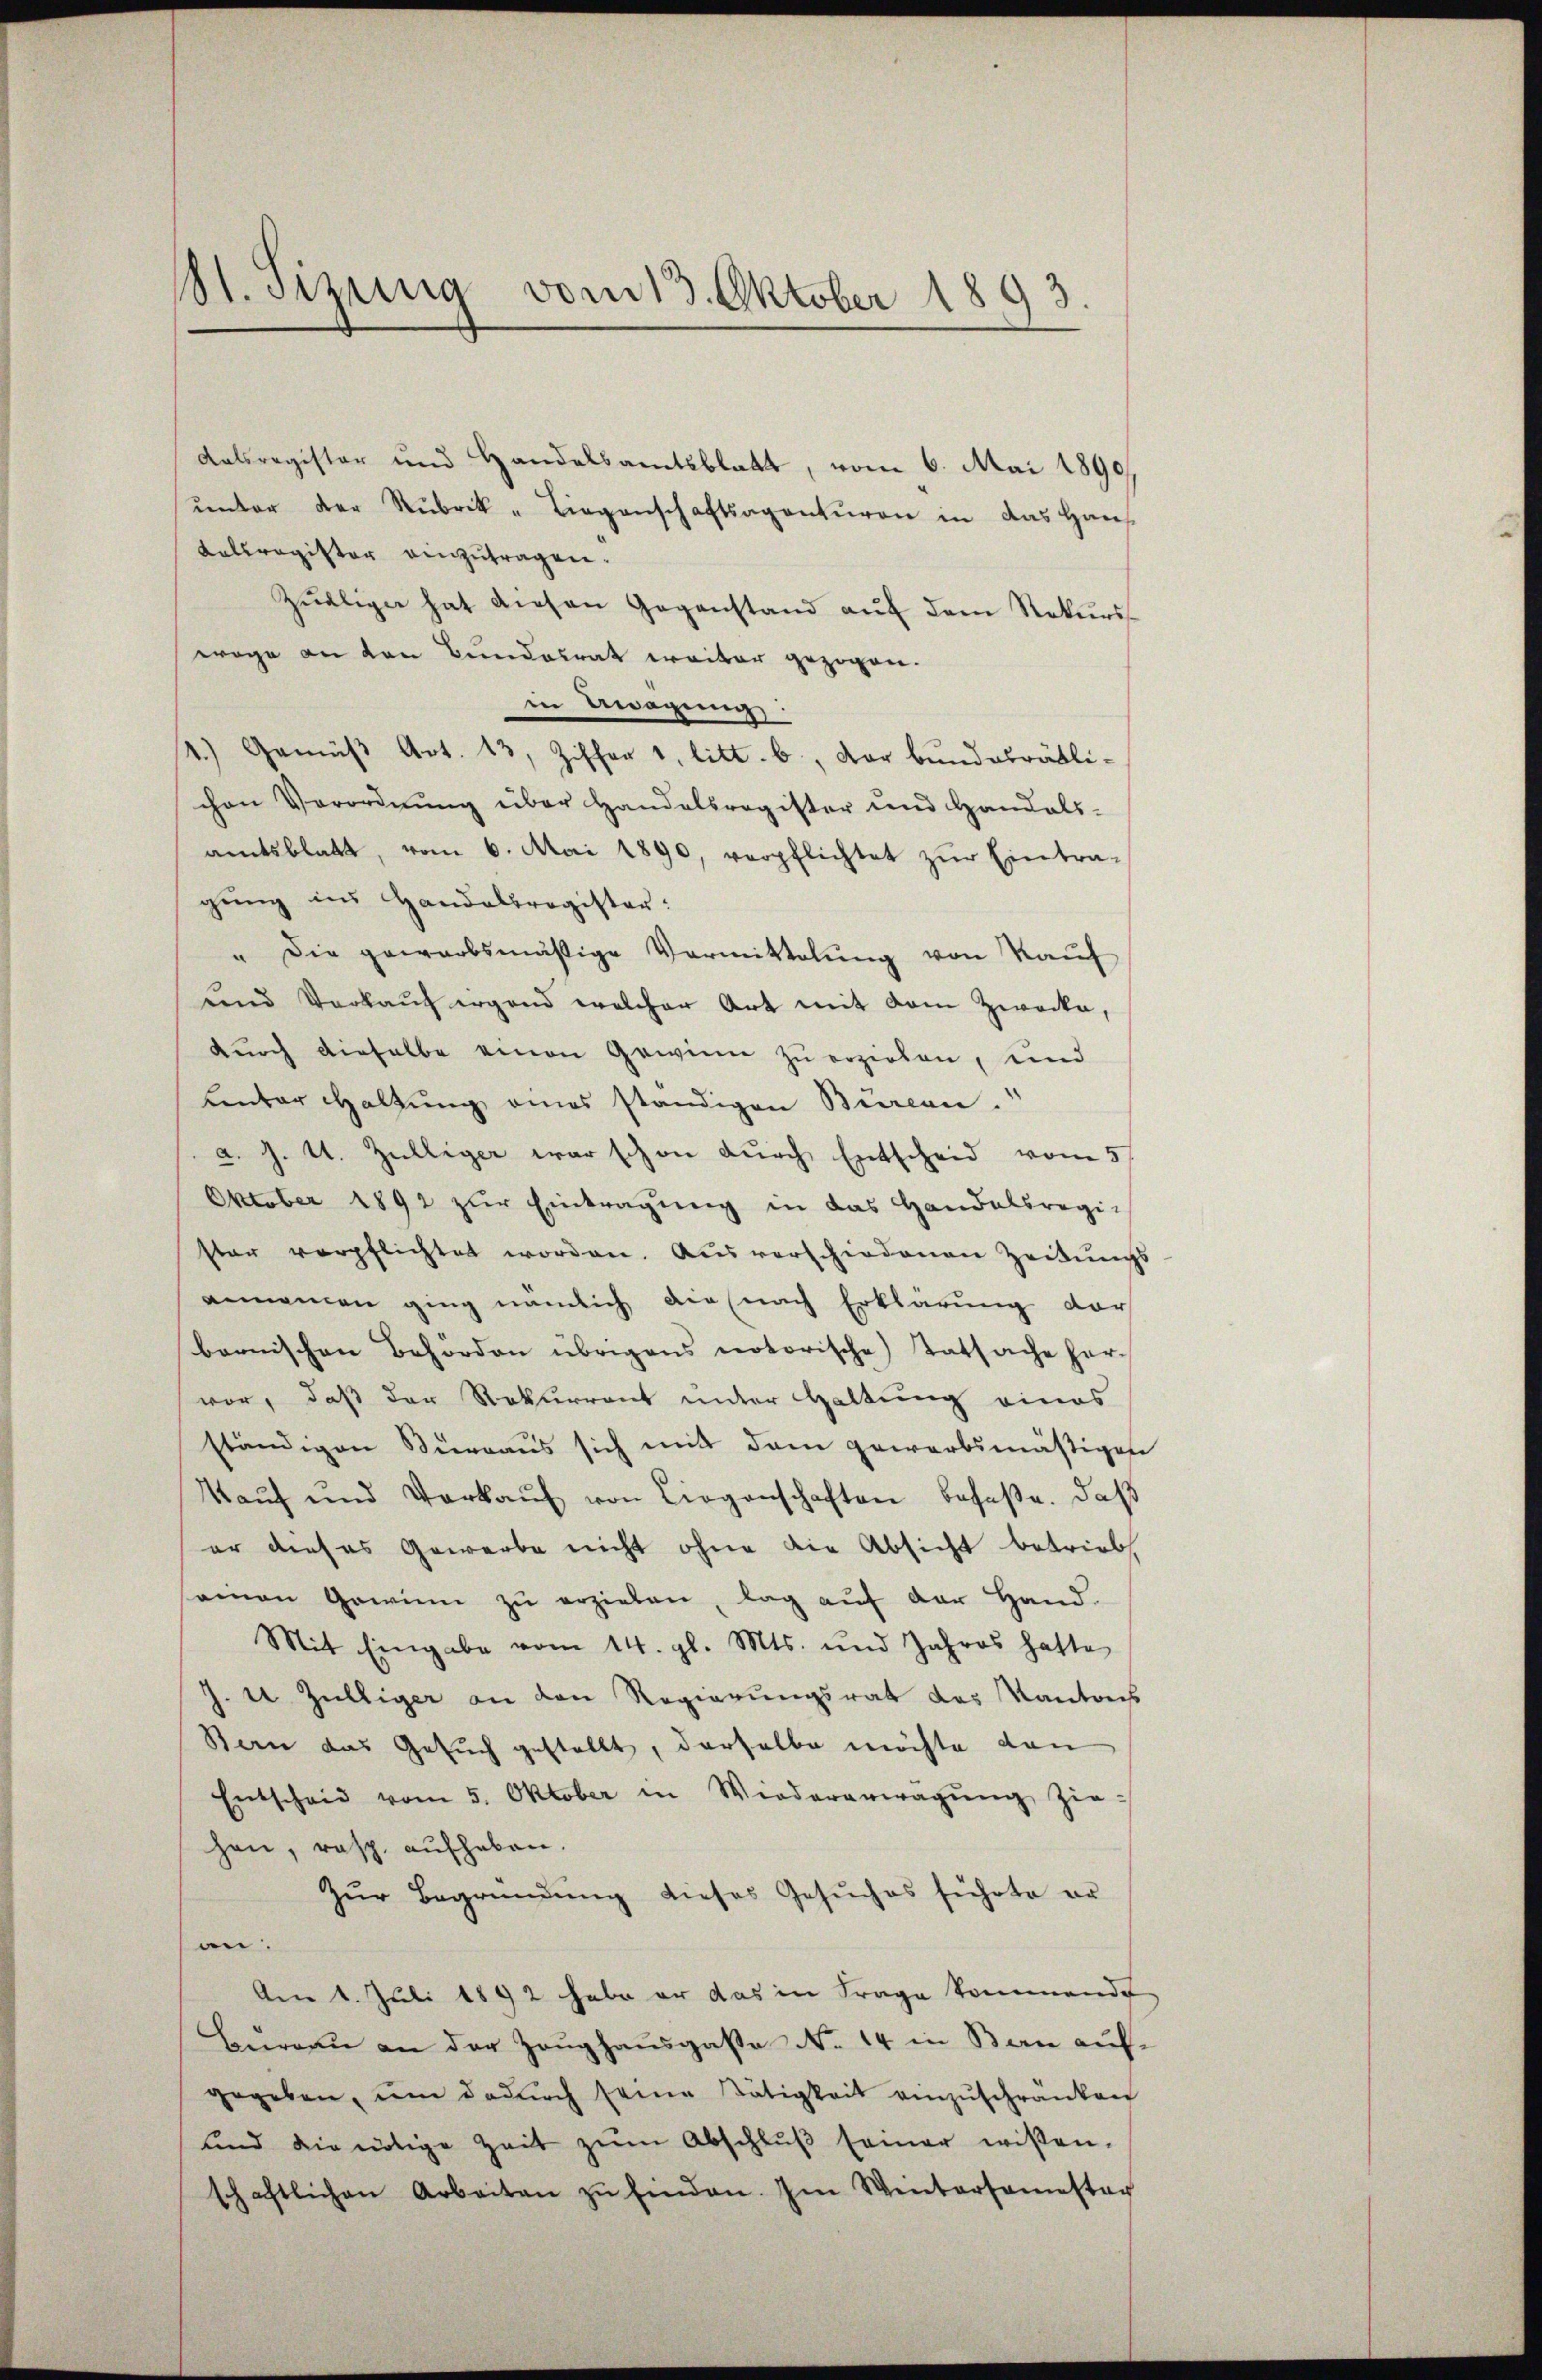
11. Sizung vom 13. Oktober 1893.

Kalsregister und Handelsamtsblatt, vom 6. Mai 1890
ŭnter der Rubrik- Liegenschaftsagenturen in das Haus
Kelsregister einzutragen.
Zŭelige hat diesen Gegenstand aŭf dem Rekurswege an den Bundesrat weiter gezogen.
in Bewegung.
4.) Gemäß Art. 13, Ziffer 1, litt. b., der bundesrätli-
chen Verordnŭng über Handelsregister und Handels-
amtsblatt, vom 6. Mai 1890, verpflichtet zŭr Eintra-
gung ins Handelsregister:
" Die gewarbsmäßige Vormittelung von Kauf
und Verkauf irgend welcher Art mit dem Zwecke,
durch dieselbe einen Gewinn zu erziehen, und
Lentar Haltung eines ständigen Burcan.
a. J. U. Zülliger war schon durch Entscheid vom 5.
Oktober 1892 zŭr Eintragŭng in das Handelsregi-
ster verpflichtet worden. Ausverschiedenen Zeitungs
annamen ging nämlich die nach Erklärung vor
bernischen Behörden übrigens notorische Tatsache her-
vor, daß der Rekurrent unter Haltung eines
ständigen Surraus sich mit dem gewarbsmäßigen
Kaŭf und Verkaŭf von Liegenschaften besaße. Daß
er dieses Gewerbe nicht ohne die Absicht betrieb
amon Gewinne zŭ erziehen, lag aŭf der Hand.
Mit Eingabe vom 14. gl. Mts. und Jahres hatte
J. U Zülliger an den Regierungsrat des Kantons
Bern das Gesuch gestellt, derselbe möchte dann
Entscheid vom 5. Oktober in Wiedererwägŭng ziehen, resp. aufheben.
Zur Begründung dieses Gesuches führte er
n.
Am 1. Juli 1892 habe er das in Frage kommende
Bureau an der Zeŭghaŭsgasse No. 14 in Bern aufgegeben, um dadŭrch seine Tätigkeit einzŭschränken
und die nötige Zeit zŭm Abschlŭβ seiner wissen-
schaftlichen Arbeiten zŭ finden. Im Wintersamstag